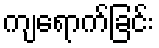
ကျရောက်ခြင်း